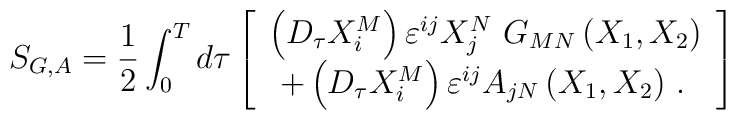
S_{G,A}=\frac 12\int_0^Td\tau \left[ \begin{array}{c}\left( D_\tau X_i^M\right) \varepsilon ^{ij}X_j^N\,\,G_{MN}\left(X_1,X_2\right) \\ +\left( D_\tau X_i^M\right) \varepsilon ^{ij}A_{jN}\left( X_1,X_2\right)\,.\,\end{array}\right]